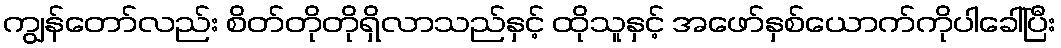
ကျွန်တော်လည်း စိတ်တိုတိုရှိလာသည်နှင့် ထိုသူနှင့် အဖော်နှစ်ယောက်ကိုပါခေါ်ပြီး